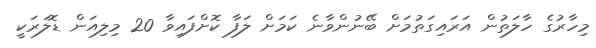
މިހާރުގެ ހާލަތުން އަރައިގަތުމަށް ބޭނުންވާނެ ކަމަށް ލަފާ ކޮށްފައިވާ 20 މިލިއަން ޑޮލަރަކީ